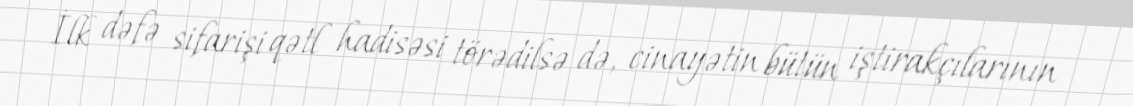
İlk dəfə sifarişi qətl hadisəsi törədilsə də, cinayətin bütün iştirakçılarının